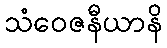
သံဝေဇနီယာနိ